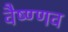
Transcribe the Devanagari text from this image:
वैष्ण्णव